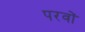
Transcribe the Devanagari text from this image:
परवों